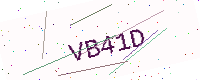
Text: VB41D